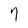
Character: 7